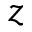
z